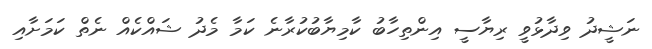
ނަޝީދު ވިދާޅުވީ ރިޔާސީ އިންތިހާބު ކާމިޔާބުކުރާނެ ކަމާ މެދު ޝައްކެއް ނެތް ކަމަށާއި